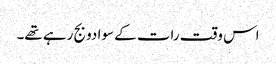
اس وقت رات کے سوا دو بج رہے تھے۔